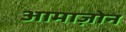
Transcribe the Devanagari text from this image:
आमाज़ोन